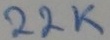
Text: 22K